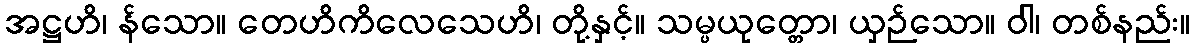
အဋ္ဌဟိ၊ န်သော။ တေဟိကိလေသေဟိ၊ တို့နှင့်။ သမ္ပယုတ္တော၊ ယှဉ်သော။ ဝါ၊ တစ်နည်း။